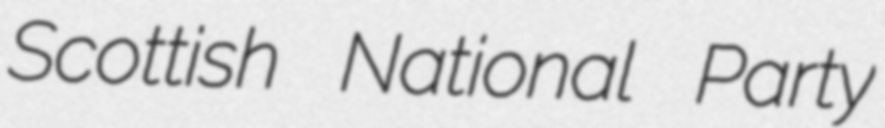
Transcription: Scottish National Party